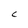
Character: C